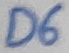
Text: D6